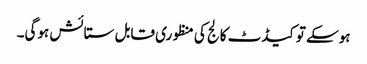
ہوسکے تو کیڈٹ کالج کی منظوری قابل ستائش ہوگی۔